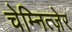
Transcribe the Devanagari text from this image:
चेम्नित्ज़ेर